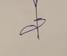
Signature authenticity: forged